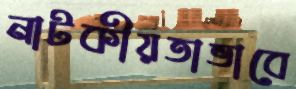
নাটকীয়তাভাবে